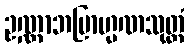
ဥဏ္ဏာဘဗြာဟ္မဏသုတ္တံ